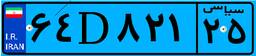
۶۴D۸۲۱۲۵